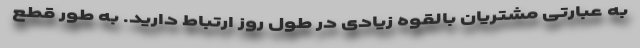
به عبارتی مشتریان بالقوه زیادی در طول روز ارتباط دارید. به طور قطع